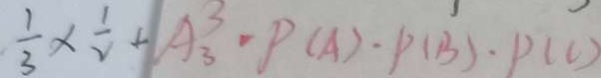
\frac { 1 } { 3 } \times \frac { 1 } { 2 } + A _ { 3 } ^ { 3 } - P ( A ) \cdot P ( B ) \cdot P ( C )